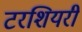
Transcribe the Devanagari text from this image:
टरशियरी